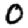
Digit: 0